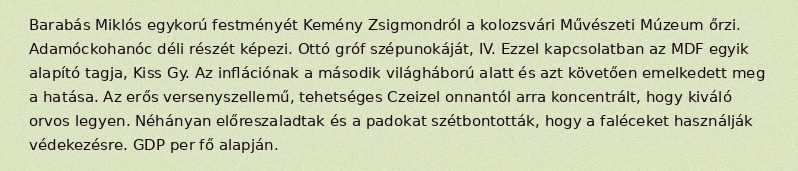
Barabás Miklós egykorú festményét Kemény Zsigmondról a kolozsvári Művészeti Múzeum őrzi. Adamóckohanóc déli részét képezi. Ottó gróf szépunokáját, IV. Ezzel kapcsolatban az MDF egyik alapító tagja, Kiss Gy. Az inflációnak a második világháború alatt és azt követően emelkedett meg a hatása. Az erős versenyszellemű, tehetséges Czeizel onnantól arra koncentrált, hogy kiváló orvos legyen. Néhányan előreszaladtak és a padokat szétbontották, hogy a faléceket használják védekezésre. GDP per fő alapján.